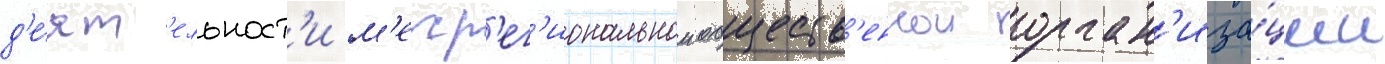
д'е́ят'ельност'и м'ежр'ег'иональнои обществ'еннои орган'иза́ции